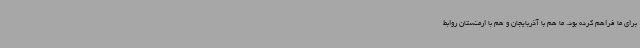
برای ما فراهم کرده بود. ما هم با آذربایجان و هم با ارمنستان روابط